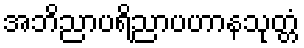
အဘိညာပရိညာပဟာနသုတ္တံ